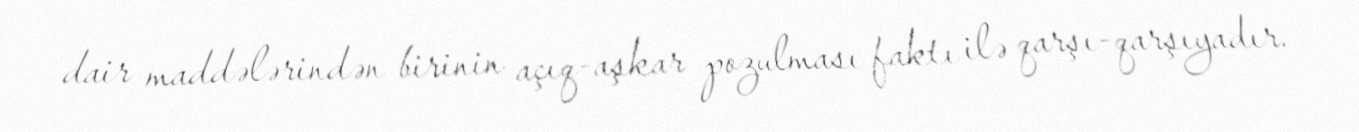
dair maddələrindən birinin açıq-aşkar pozulması faktı ilə qarşı-qarşıyadır.